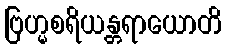
ဗြဟ္မစရိယန္တရာယောတိ